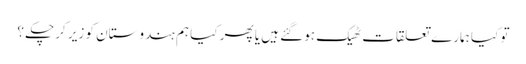
تو کیا ہمارے تعلقات ٹھیک ہوگئے ہیں یا پھر کیا ہم ہندوستان کو زیر کرچکے ؟